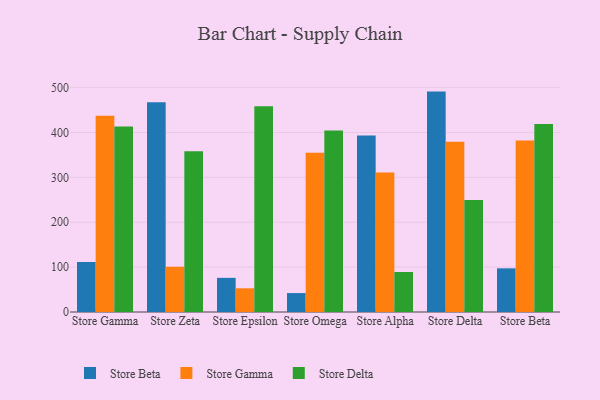
{"axis": {"x": "Store", "y": "Market Share (%)"}, "legend": ["Store Beta", "Store Delta", "Store Gamma"], "data": [{"x": "Store Gamma", "y": 111.4, "type": "Store Beta"}, {"x": "Store Gamma", "y": 437.2, "type": "Store Gamma"}, {"x": "Store Gamma", "y": 413.3, "type": "Store Delta"}, {"x": "Store Zeta", "y": 467.2, "type": "Store Beta"}, {"x": "Store Zeta", "y": 100.8, "type": "Store Gamma"}, {"x": "Store Zeta", "y": 358.1, "type": "Store Delta"}, {"x": "Store Epsilon", "y": 76.1, "type": "Store Beta"}, {"x": "Store Epsilon", "y": 52.8, "type": "Store Gamma"}, {"x": "Store Epsilon", "y": 458.6, "type": "Store Delta"}, {"x": "Store Omega", "y": 42.2, "type": "Store Beta"}, {"x": "Store Omega", "y": 355.1, "type": "Store Gamma"}, {"x": "Store Omega", "y": 404.2, "type": "Store Delta"}, {"x": "Store Alpha", "y": 393.1, "type": "Store Beta"}, {"x": "Store Alpha", "y": 311.0, "type": "Store Gamma"}, {"x": "Store Alpha", "y": 89.1, "type": "Store Delta"}, {"x": "Store Delta", "y": 491.1, "type": "Store Beta"}, {"x": "Store Delta", "y": 379.1, "type": "Store Gamma"}, {"x": "Store Delta", "y": 249.7, "type": "Store Delta"}, {"x": "Store Beta", "y": 97.3, "type": "Store Beta"}, {"x": "Store Beta", "y": 382.0, "type": "Store Gamma"}, {"x": "Store Beta", "y": 418.7, "type": "Store Delta"}]}